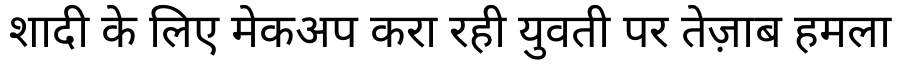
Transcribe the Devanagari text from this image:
शादी के लिए मेकअप करा रही युवती पर तेज़ाब हमला